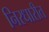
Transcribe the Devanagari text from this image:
निरधारीत